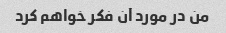
من در مورد آن فکر خواهم کرد